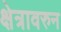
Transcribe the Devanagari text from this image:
क्षेत्रावरुन